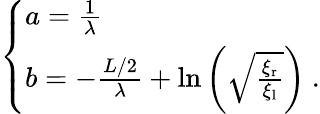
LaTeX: \left\{ \begin{array}{ll}{a=\frac{1}{\lambda}}\\ {b=-\frac{L/2}{\lambda}+\ln{\left(\sqrt{\frac{\xi_{\textrm{r}}}{\xi_{\textrm{l}}}}\right)}\ .}\end{array}\right.